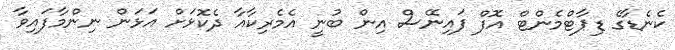
ކެނެޑާގެ ޑިޕާޓްމެންޓް އޮފް ފައިނޭސް އިން ބުނީ އެމެރިކާއާ ދެކޮޅަށް އަޅަން ނިންމާފައިވާ